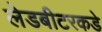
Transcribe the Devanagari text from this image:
लेडबीटरकडे